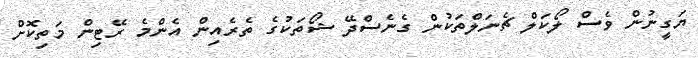
ޔަގީނުން ވެސް ލޯކަލް ޗެނަލްތަކުން ގެނެސްދޭ ޝޯތަކުގެ ތެރެއިން އެންމެ ރޭޓިން މަތިކޮށް